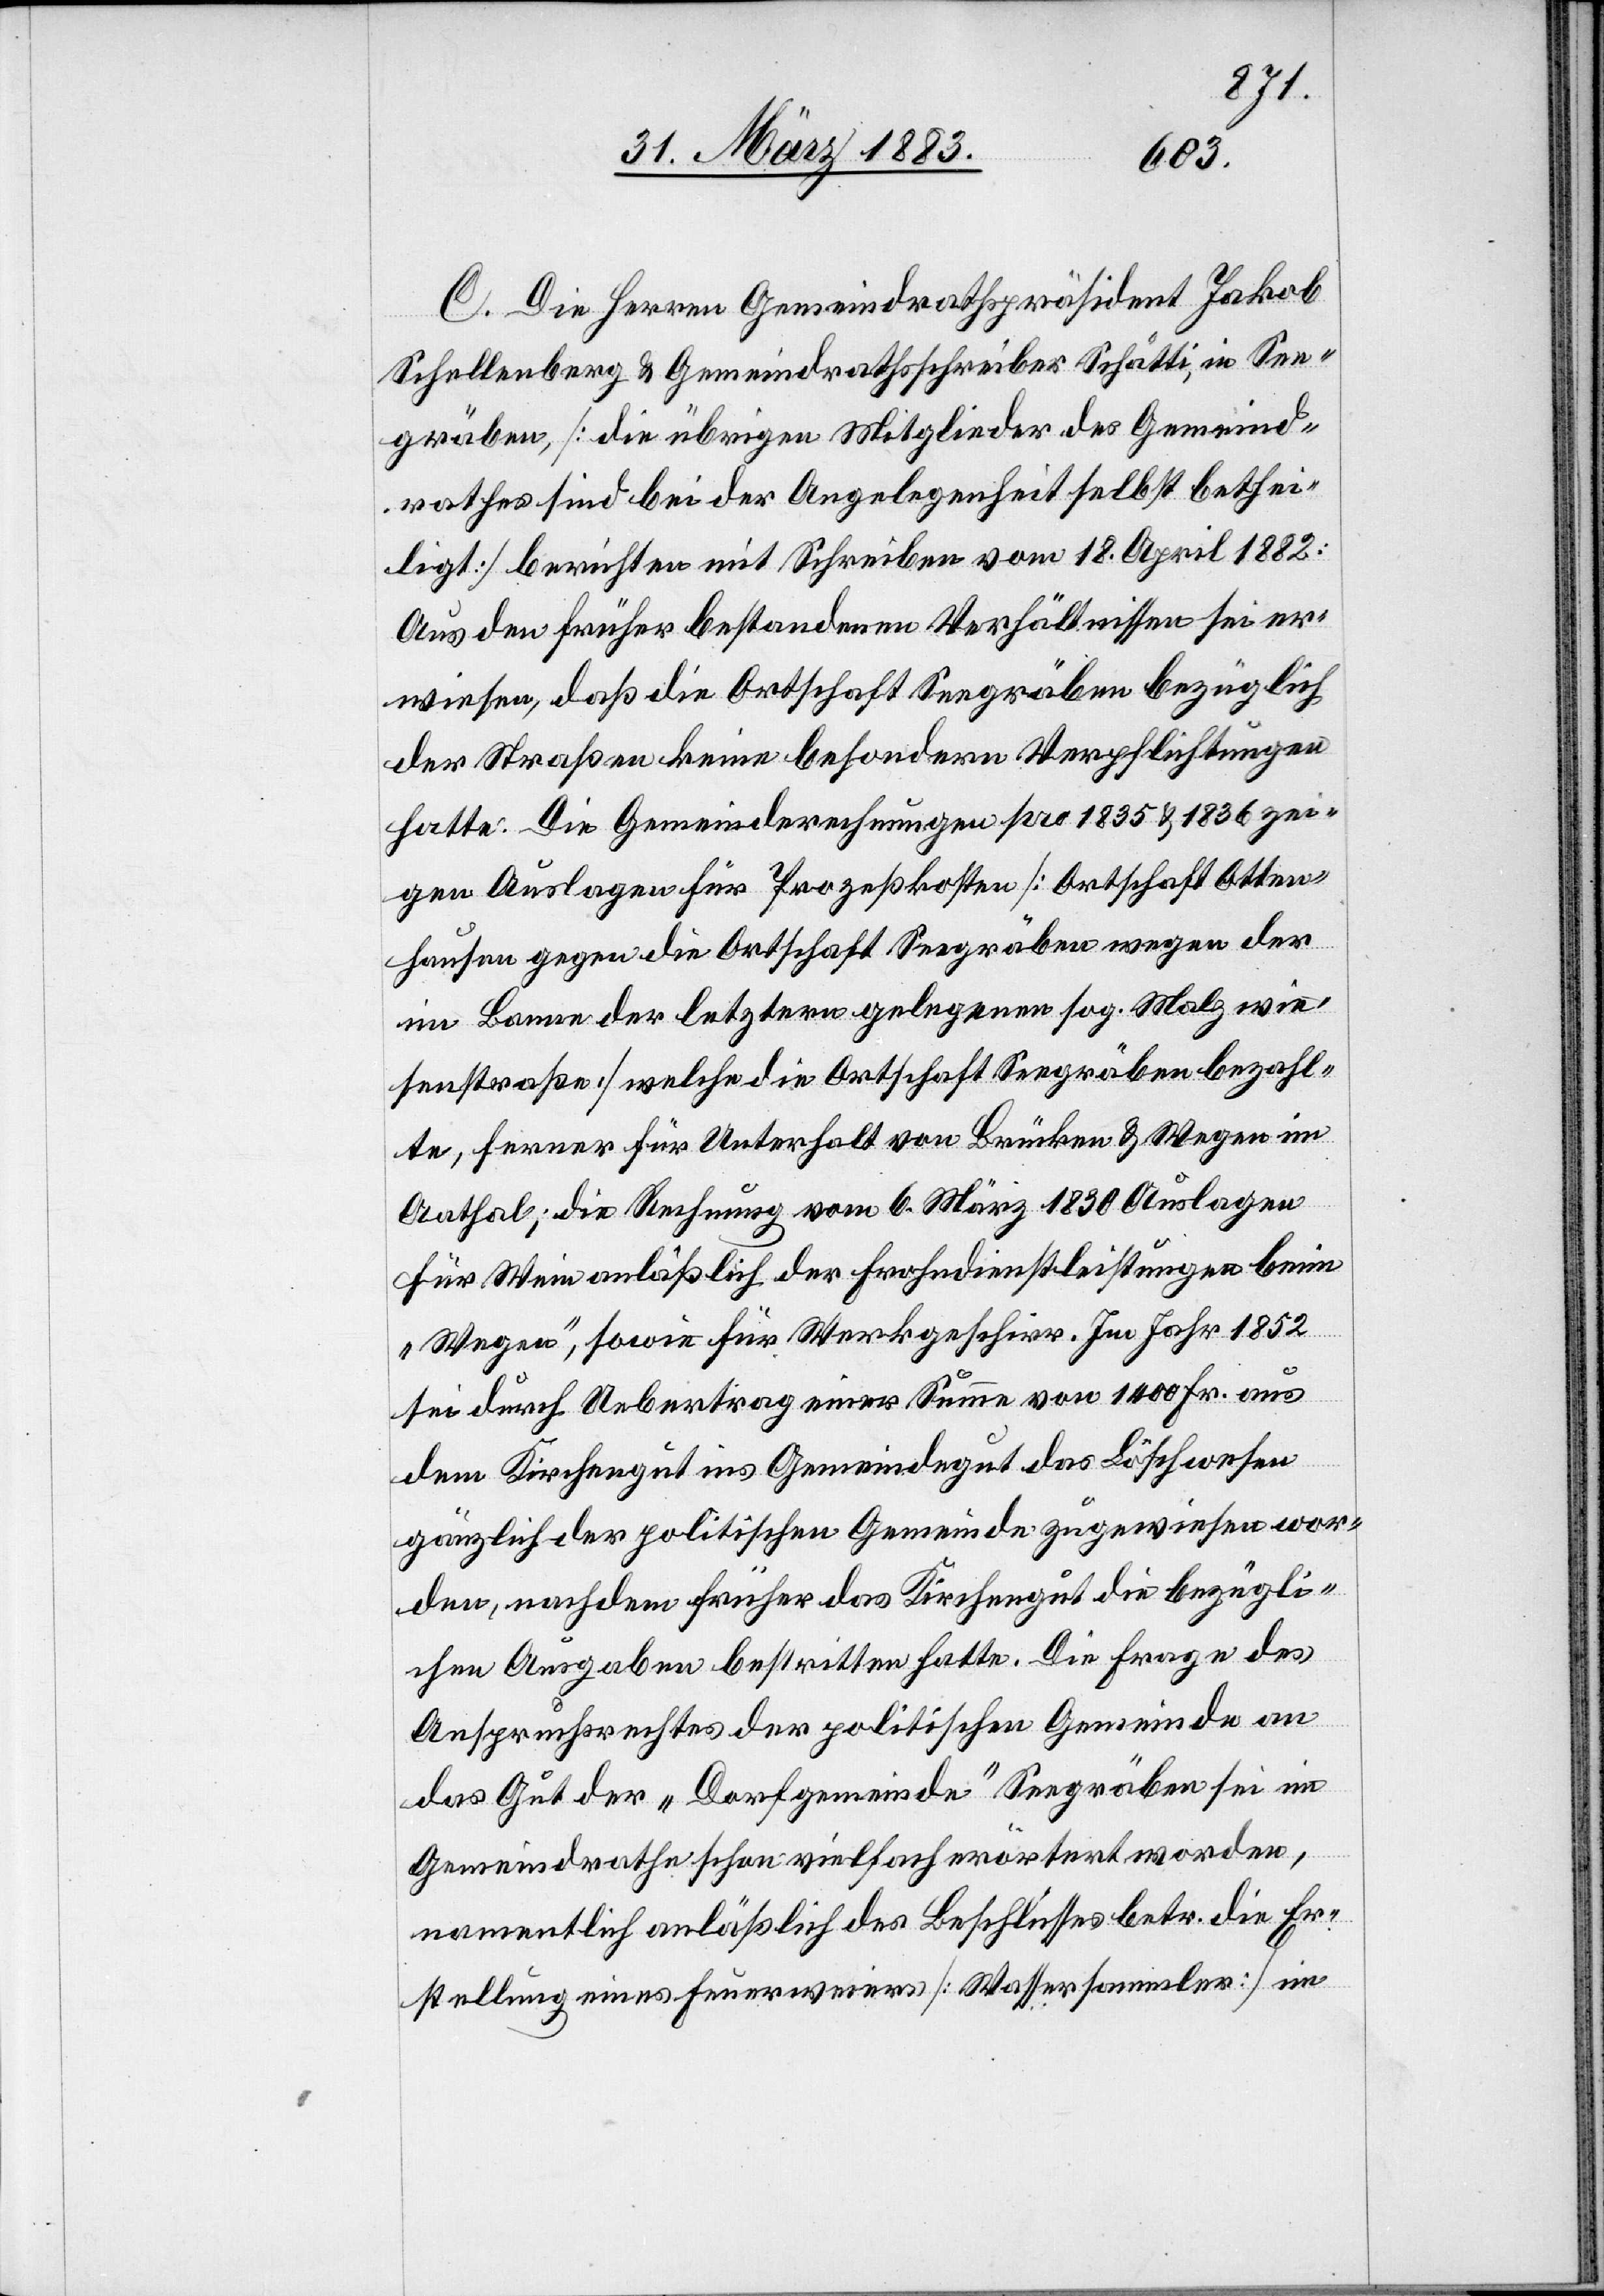
C. Die Herren Gemeindrathspräsident Jakob
Schellenberg & Gemeindrathsschreiber Schätti, in See¬
gräben, [die übrigen Mitglieder des Gemeind¬
rathes sind bei der Angelegenheit selbst bethei¬
ligt] berichten mit Schreiben vom 18. April 1882:
Aus den früher bestandenen Verhältnissen sei er¬
wiesen, daß die Ortschaft Seegräben bezüglich
der Straßen keine besondern Verpflichtungen
hatte. Die Gemeinderechnungen pro 1835 & 1836 zei¬
gen Auslagen für Prozeßkosten [Ortschaft Otten¬
hausen gegen die Ortschaft Seegräben wegen der
im Banne der letztern gelegenen sog. Malzwie¬
senstraße] welche die Ortschaft Seegräben bezahl¬
te, ferner für Unterhalt von Brücken & Wegen im
Aathal; die Rechnung vom 6. März 1830 Auslagen
für Wein anläßlich der Frohndienstleistungen beim
„Wegen“, sowie für Werkgeschirr. Im Jahr 1852
sei durch Uebertrag einer Summe von 1400 Fr. aus
dem Kirchengut ins Gemeindegut das Löschwesen
gänzlich der politischen Gemeinde zugewiesen wor¬
den, nachdem früher das Kirchengut die bezügli¬
chen Ausgaben bestritten hatte. Die Frage des
Anspruchsrechtes der politischen Gemeinde an
das Gut der „Dorfgemeinde“ Seegräben sei im
Gemeindrathe schon vielfach erörtert worden,
namentlich anläßlich des Beschlusses betr. die Er¬
stellung eines Feuerweiers [Wassersammler] im